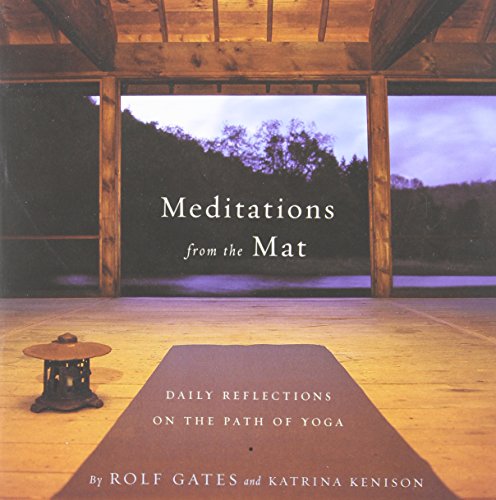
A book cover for Meditations from the Mat: Daily Reflections on the Path of Yoga; Rolf Gates; Health, Fitness & Dieting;